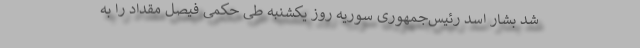
شد بشار اسد رئیس‌جمهوری سوریه روز یکشنبه طی حکمی فیصل مقداد را به